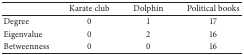
<table><thead><tr><td><b> </b></td><td><b> Karate club </b></td><td><b> Dolphin </b></td><td><b>Political books</b></td></tr></thead><tbody><tr><td>Degree </td><td> 0 </td><td> 1 </td><td> 17</td></tr><tr><td>Eigenvalue </td><td> 0 </td><td> 2 </td><td> 16</td></tr><tr><td>Betweenness </td><td> 0 </td><td> 0 </td><td> 16</td></tr></tbody></table>